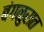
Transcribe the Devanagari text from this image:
बंगळुरात